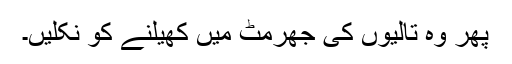
پھر وہ تالیوں کی جھرمٹ میں کھیلنے کو نکلیں۔